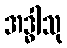
အဒ္ဓါသု